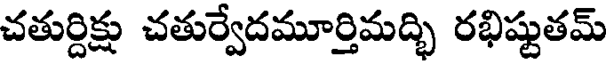
చతుర్దిక్షు చతుర్వేదమూర్తిమద్భి రభిష్టుతమ్